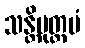
သန္တိမုတ္တမံ